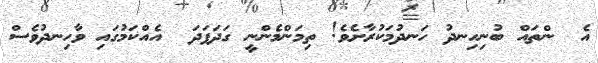
އެ  ންތައް ބުނިހިނދު ހަނދުމަކުރާށެވެ! ތިމަންމެންނީ ގަދަފަދަ  އެއްކަމުގައި ވާހިނދުވެސް